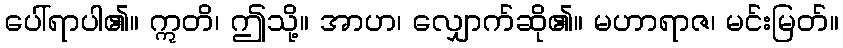
ပေါ်ရာပါ၏။ ဣတိ၊ ဤသို့။ အာဟ၊ လျှောက်ဆို၏။ မဟာရာဇ၊ မင်းမြတ်။